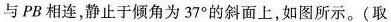
与 PB 相连，静止于倾角为 37° 的斜面上，如图所示。(取